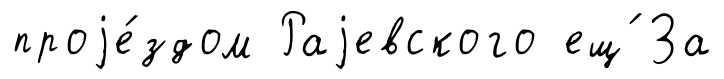
проjе́здом Раjевского ещ́ За